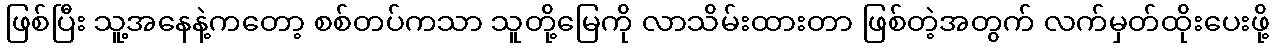
ဖြစ်ပြီး သူ့အနေနဲ့ကတော့ စစ်တပ်ကသာ သူတို့မြေကို လာသိမ်းထားတာ ဖြစ်တဲ့အတွက် လက်မှတ်ထိုးပေးဖို့